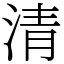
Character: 清